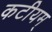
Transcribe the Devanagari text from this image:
कटीयम्